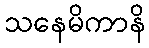
သနေမိကာနိ